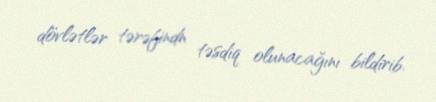
dövlətlər tərəfindn təsdiq olunacağını bildirib.